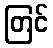
တြင်